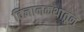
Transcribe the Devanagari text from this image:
विज्ञानकथातून